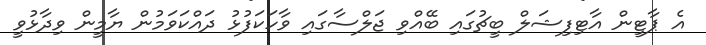
އެ ޕާޓީން އާޓިފިޝަލް ބީޗުގައި ބޭއްވި ޖަލްސާގައި ވާހަކަފުޅު ދައްކަވަމުން ޔާމީން ވިދާޅުވީ